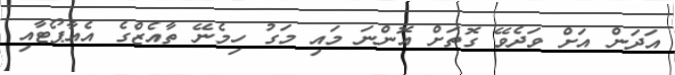
އަދަން އަށް ވަދެވޭ ގޮތަށް އޮންނަ މައި މަގު ހިމެނޭ ތާއެޒްގެ އެއާޕޯޓާއި